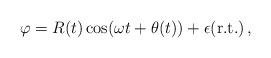
LaTeX: \begin{align*}\varphi= R(t) \cos(\omega t + \theta(t)) + \epsilon ({\rm r.t.})\,,\end{align*}